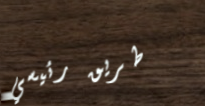
طريق رئيسي